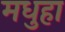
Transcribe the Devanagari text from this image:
मधुहा